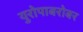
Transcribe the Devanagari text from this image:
युरोपाबरोबर